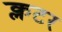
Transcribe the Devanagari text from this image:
क्लटर